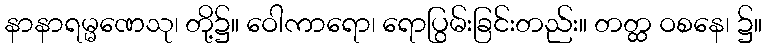
နာနာရမ္မဏေသု၊ တို့၌။ ဝေါကာရော၊ ရောပြွမ်းခြင်းတည်း။ တတ္ထ ဝစနေ၊ ၌။